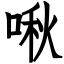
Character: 啾